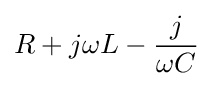
R+j\omega L-{\frac {j}{\omega C}}